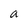
Character: a